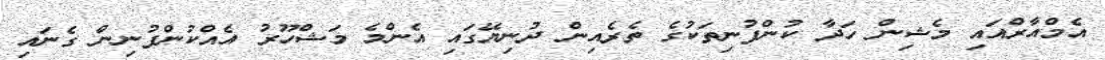
އެމްއާރްއައި މެޝިން ހަދާ ކުންފުނިތަކުގެ ތެރެއިން ދުނިޔޭގައި އެންމެ މަޝްހޫރު އެއްކުންފުނިން ގެނައި